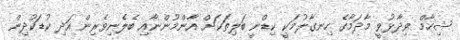
ޝިހާމް ވިދާޅުވީ މާދަމާގެ ހިނގާލުމަކީ ކިޑްނީ ބަލިތަކަށް އާންމުންނާއި ބެލެނިވެރިން އަދި ކުޑަކުދިން